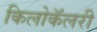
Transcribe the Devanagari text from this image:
किलोकॅलरी